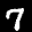
Label: 7